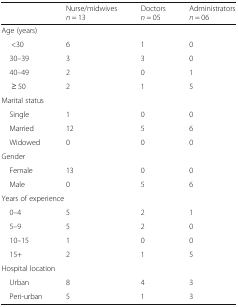
<table><thead><tr><td></td><td><b>Nurse/midwives <i>n</i> = 13</b></td><td><b>Doctors <i>n</i> = 05</b></td><td><b>Administrators <i>n</i> = 06</b></td></tr></thead><tbody><tr><td colspan="4">Age (years)</td></tr><tr><td>&lt;30</td><td>6</td><td>1</td><td>0</td></tr><tr><td> 30–39</td><td>3</td><td>3</td><td>0</td></tr><tr><td> 40–49</td><td>2</td><td>0</td><td>1</td></tr><tr><td>≥ 50</td><td>2</td><td>1</td><td>5</td></tr><tr><td colspan="4">Marital status</td></tr><tr><td> Single</td><td>1</td><td>0</td><td>0</td></tr><tr><td> Married</td><td>12</td><td>5</td><td>6</td></tr><tr><td> Widowed</td><td>0</td><td>0</td><td>0</td></tr><tr><td colspan="4">Gender</td></tr><tr><td> Female</td><td>13</td><td>0</td><td>0</td></tr><tr><td> Male</td><td>0</td><td>5</td><td>6</td></tr><tr><td colspan="4">Years of experience</td></tr><tr><td> 0–4</td><td>5</td><td>2</td><td>1</td></tr><tr><td> 5–9</td><td>5</td><td>2</td><td>0</td></tr><tr><td> 10–15</td><td>1</td><td>0</td><td>0</td></tr><tr><td> 15+</td><td>2</td><td>1</td><td>5</td></tr><tr><td colspan="4">Hospital location</td></tr><tr><td> Urban</td><td>8</td><td>4</td><td>3</td></tr><tr><td> Peri-urban</td><td>5</td><td>1</td><td>3</td></tr></tbody></table>